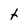
Character: t